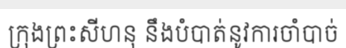
ក្រុងព្រះសីហនុ នឹងបំបាត់នូវការចាំបាច់